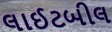
લાઈટબીલ